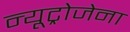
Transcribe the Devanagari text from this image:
न्यूट्रोजेना